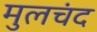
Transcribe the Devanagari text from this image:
मुलचंद